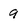
Character: 9